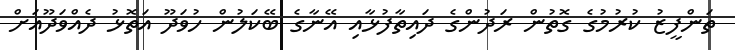
ތަންފީޒު ކުރުމުގެ ގޮތުން ރަދުންގެ ދައިތާފުޅާއި އޭނާގެ ބޭކަލުން ހުވަދޫ އަތޮޅު ދެއްވަދޫއަށް